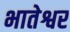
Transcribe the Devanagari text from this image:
भातेश्वर